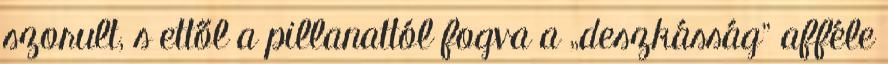
szorult, s ettől a pillanattól fogva a „deszkásság” afféle